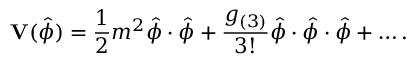
\mathbf { V } ( \hat { \phi } ) = \frac { 1 } { 2 } m ^ { 2 } \hat { \phi } \cdot \hat { \phi } + \frac { g _ { ( 3 ) } } { 3 ! } \hat { \phi } \cdot \hat { \phi } \cdot \hat { \phi } + \dots .